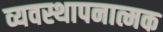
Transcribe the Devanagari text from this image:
व्यवस्थापनात्मक